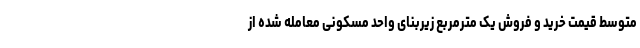
متوسط قیمت خرید و فروش یک مترمربع زیربنای واحد مسکونی معامله شده از